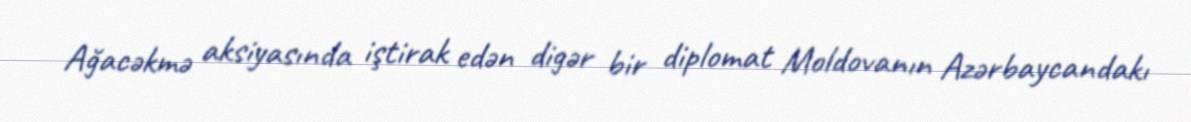
Ağacəkmə aksiyasında iştirak edən digər bir diplomat Moldovanın Azərbaycandakı